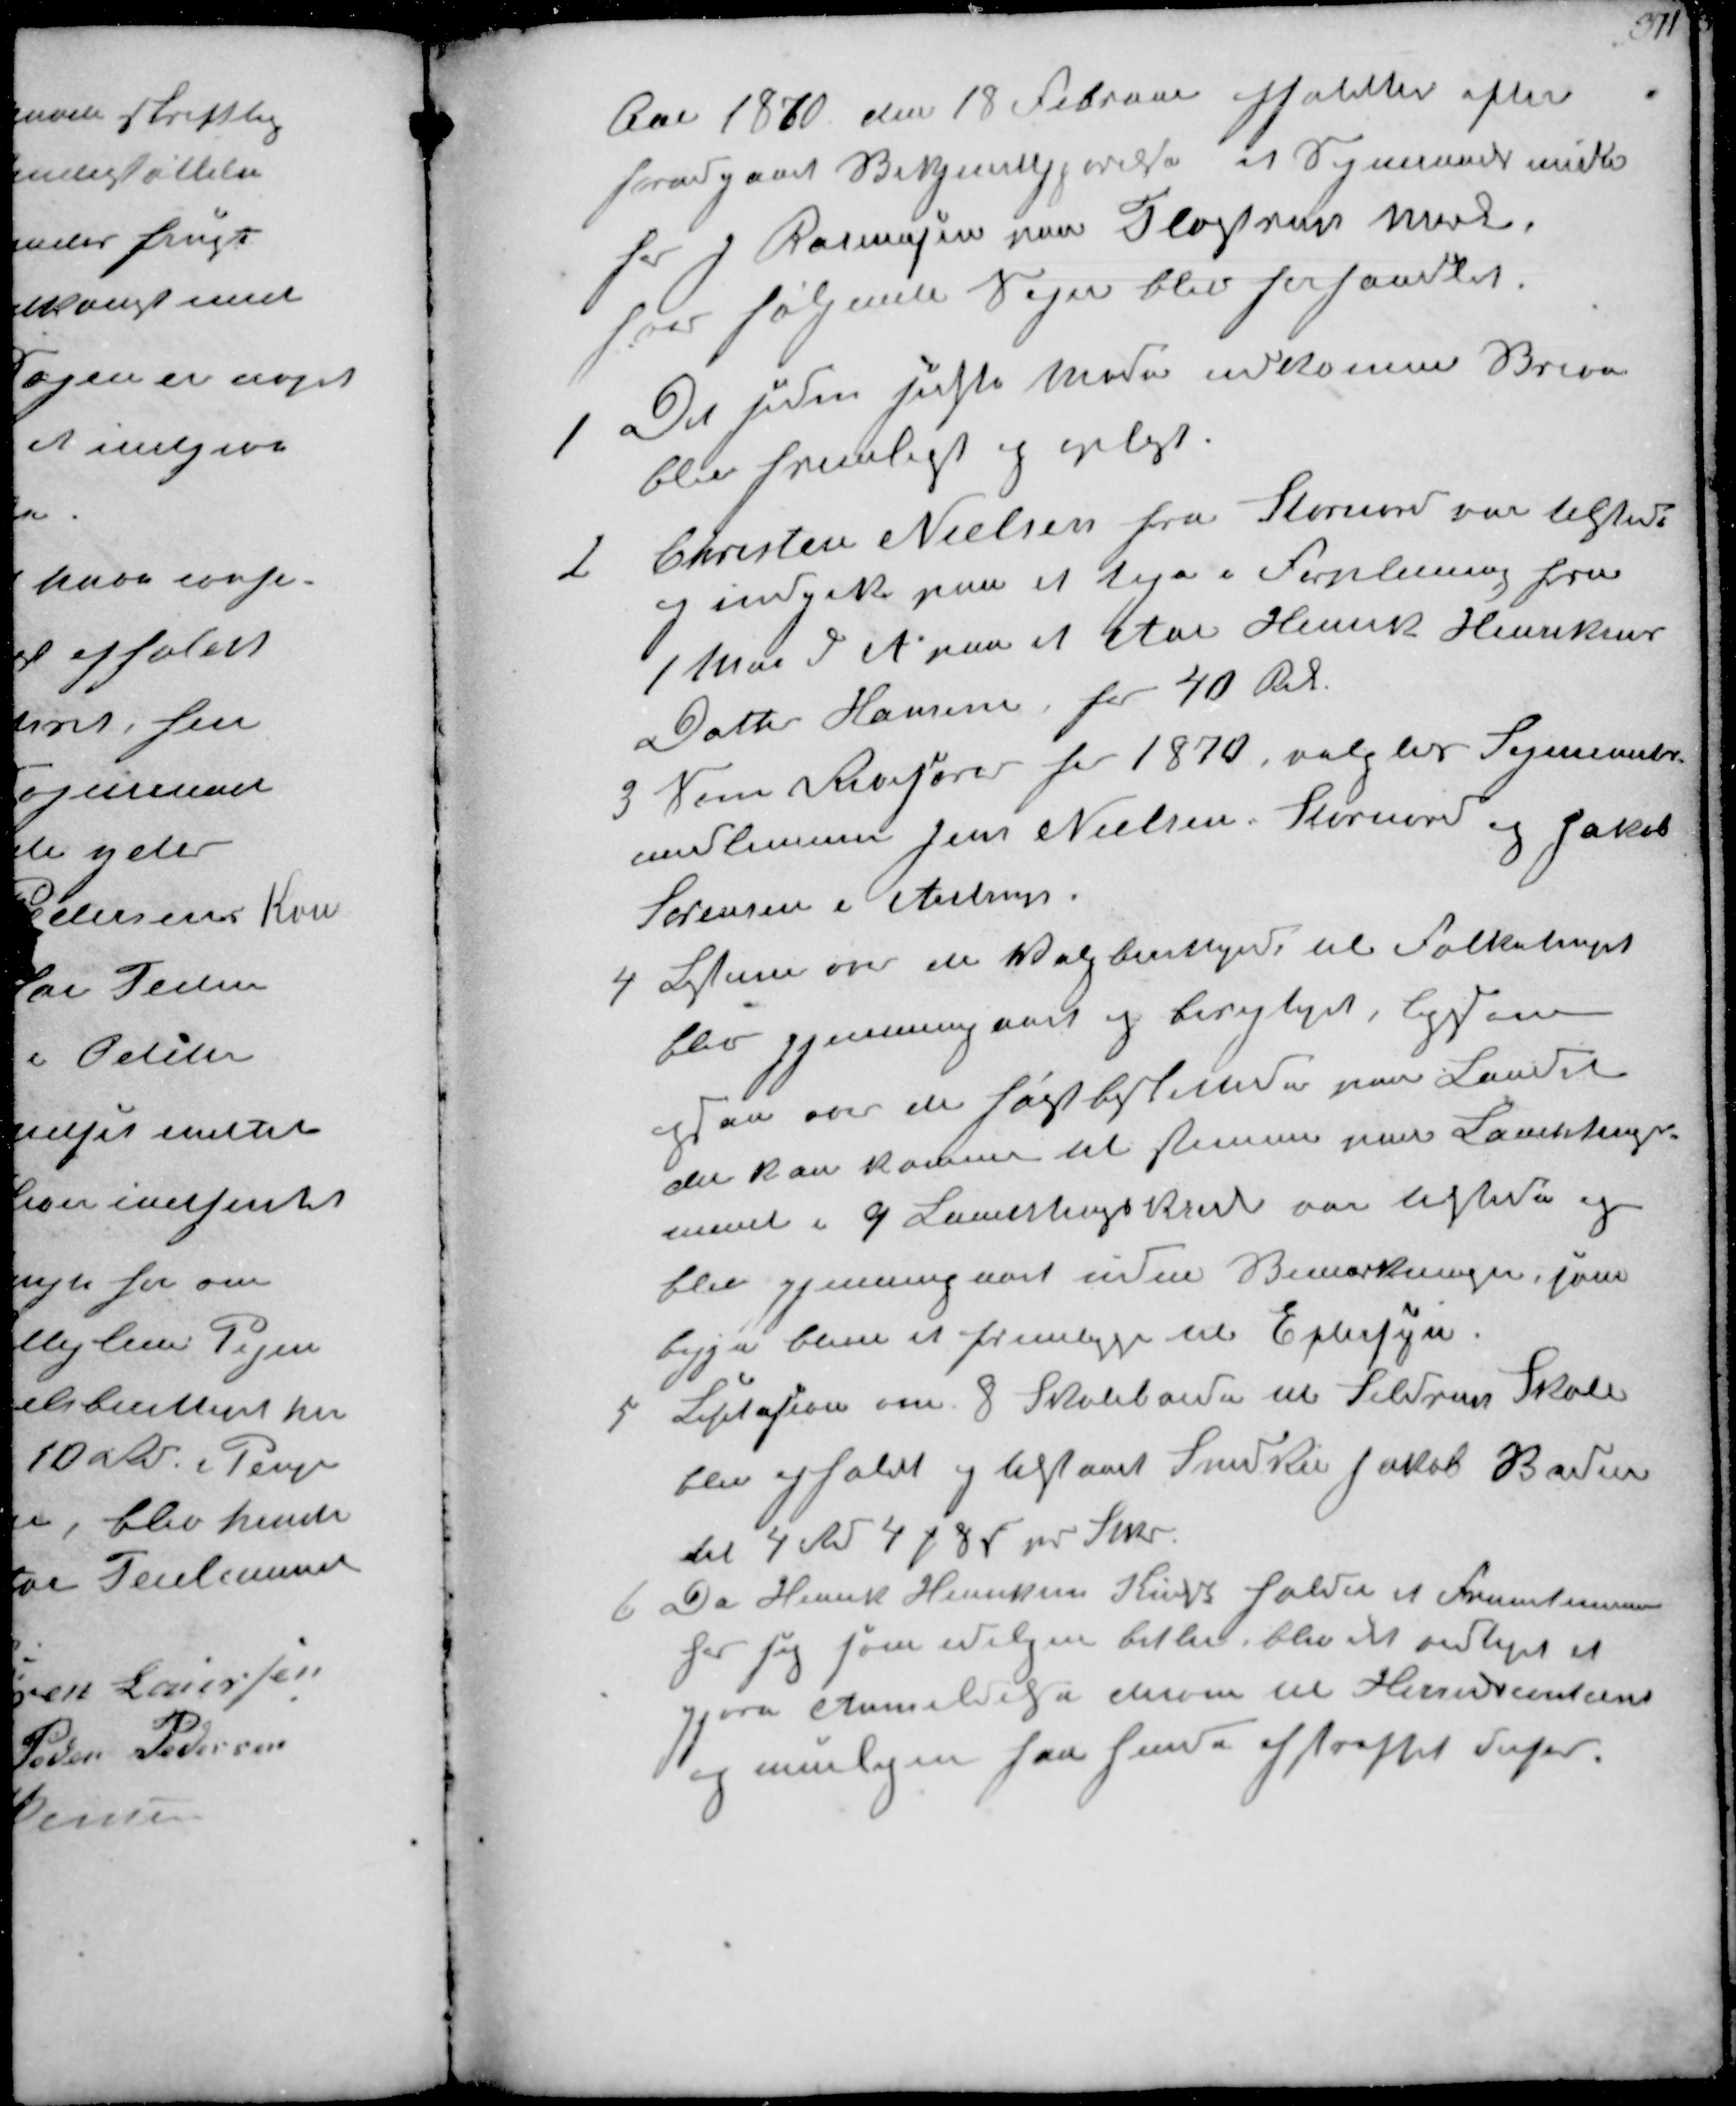
Transskription:
Aar 1870 den 18 Februar afholdtes efter
forudgaaet Bekjendtgjørelse et Sogneraads møde
hos J Rasmusen paa Fløistrup Mark.
hvor følgende Sager blev forhandlet.

1
De siden sidste Møde indkomne Breve
blev fremlagt og oplæst

2
Christen Nielsen fra Stornord var tilstede
og indgik paa at tage i Forplejning fra
1 Mai d A paa et Aar Henrik Hansens
Datter Hansine for 40 Rdl

3
som Revisorer for 1870, valgtes Sogneraads-
medlemmer Jens Nielsen, Storenord og Jakob
Sørensen i Ajstrup

4
Listen om de Valgberettigede til Folketinget
blev gjennemgaaet og berigtiget, ligesom
ogsaa over de højstbeskattede paa Landet
der kan komme til stemme paa Landstings-
mand i 9 Landstingskreds var tilstede og
blev gjennemgaaet uden Bemærkninger, som
begge blive at fremligge til Eftersyn

5
Licitasion over 8 Skoleborde til Seldrup Skole
blev afholdt og tilstaaet Snedker Jakob Baden
til 4 Rd 4 ₻ 8 ẞ pr Stk

6
Da Henrik Hansen Kudsk holder et Fruentimmer
hos sig som ideligen betler blev det vedtaget at
gjøre Anmeldelse derom til Herredscentret
og muligen faa hende afstraffet derfor